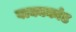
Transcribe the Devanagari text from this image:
वाक्यकांड